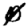
Digit: 0